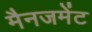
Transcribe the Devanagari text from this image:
मैनजमेंट